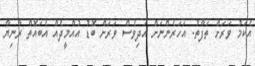
އެކަމު ވަރަށް ތަފާތު. އަހަރެންނަށް އަދިވެސް ވަރަށް ބޮޑު އުއްމީދެއް އެބައޮތް ރާނިޔާ